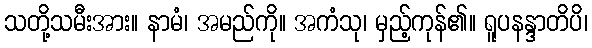
သတို့သမီးအား။ နာမံ၊ အမည်ကို။ အကံသု၊ မှည့်ကုန်၏။ ရူပနန္ဒာတိပိ၊